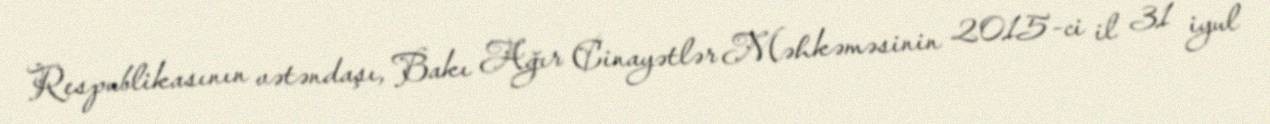
Respublikasının vətəndaşı, Bakı Ağır Cinayətlər Məhkəməsinin 2015-ci il 31 iyul